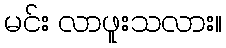
မင်း လာဖူးသလား။